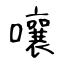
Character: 嚷